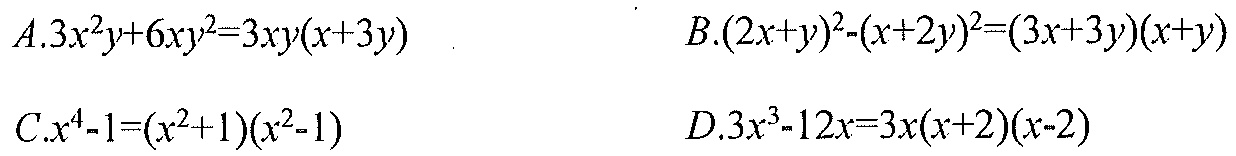
\(A.3x^{2}y + 6xy^{2}=3xy(x + 3y)\quad B.(2x + y)^{2}-(x + 2y)^{2}=(3x + 3y)(x + y)\)
\(C.x^{4}-1=(x^{2}+1)(x^{2}-1)\quad D.3x^{3}-12x=3x(x + 2)(x - 2)\)